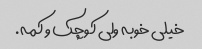
خیلی خوبه ولی کوچک و کمه.